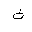
Letter: _tha